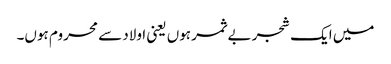
میں ایک شجر بے ثمر ہوں یعنی اولاد سے محروم ہوں۔